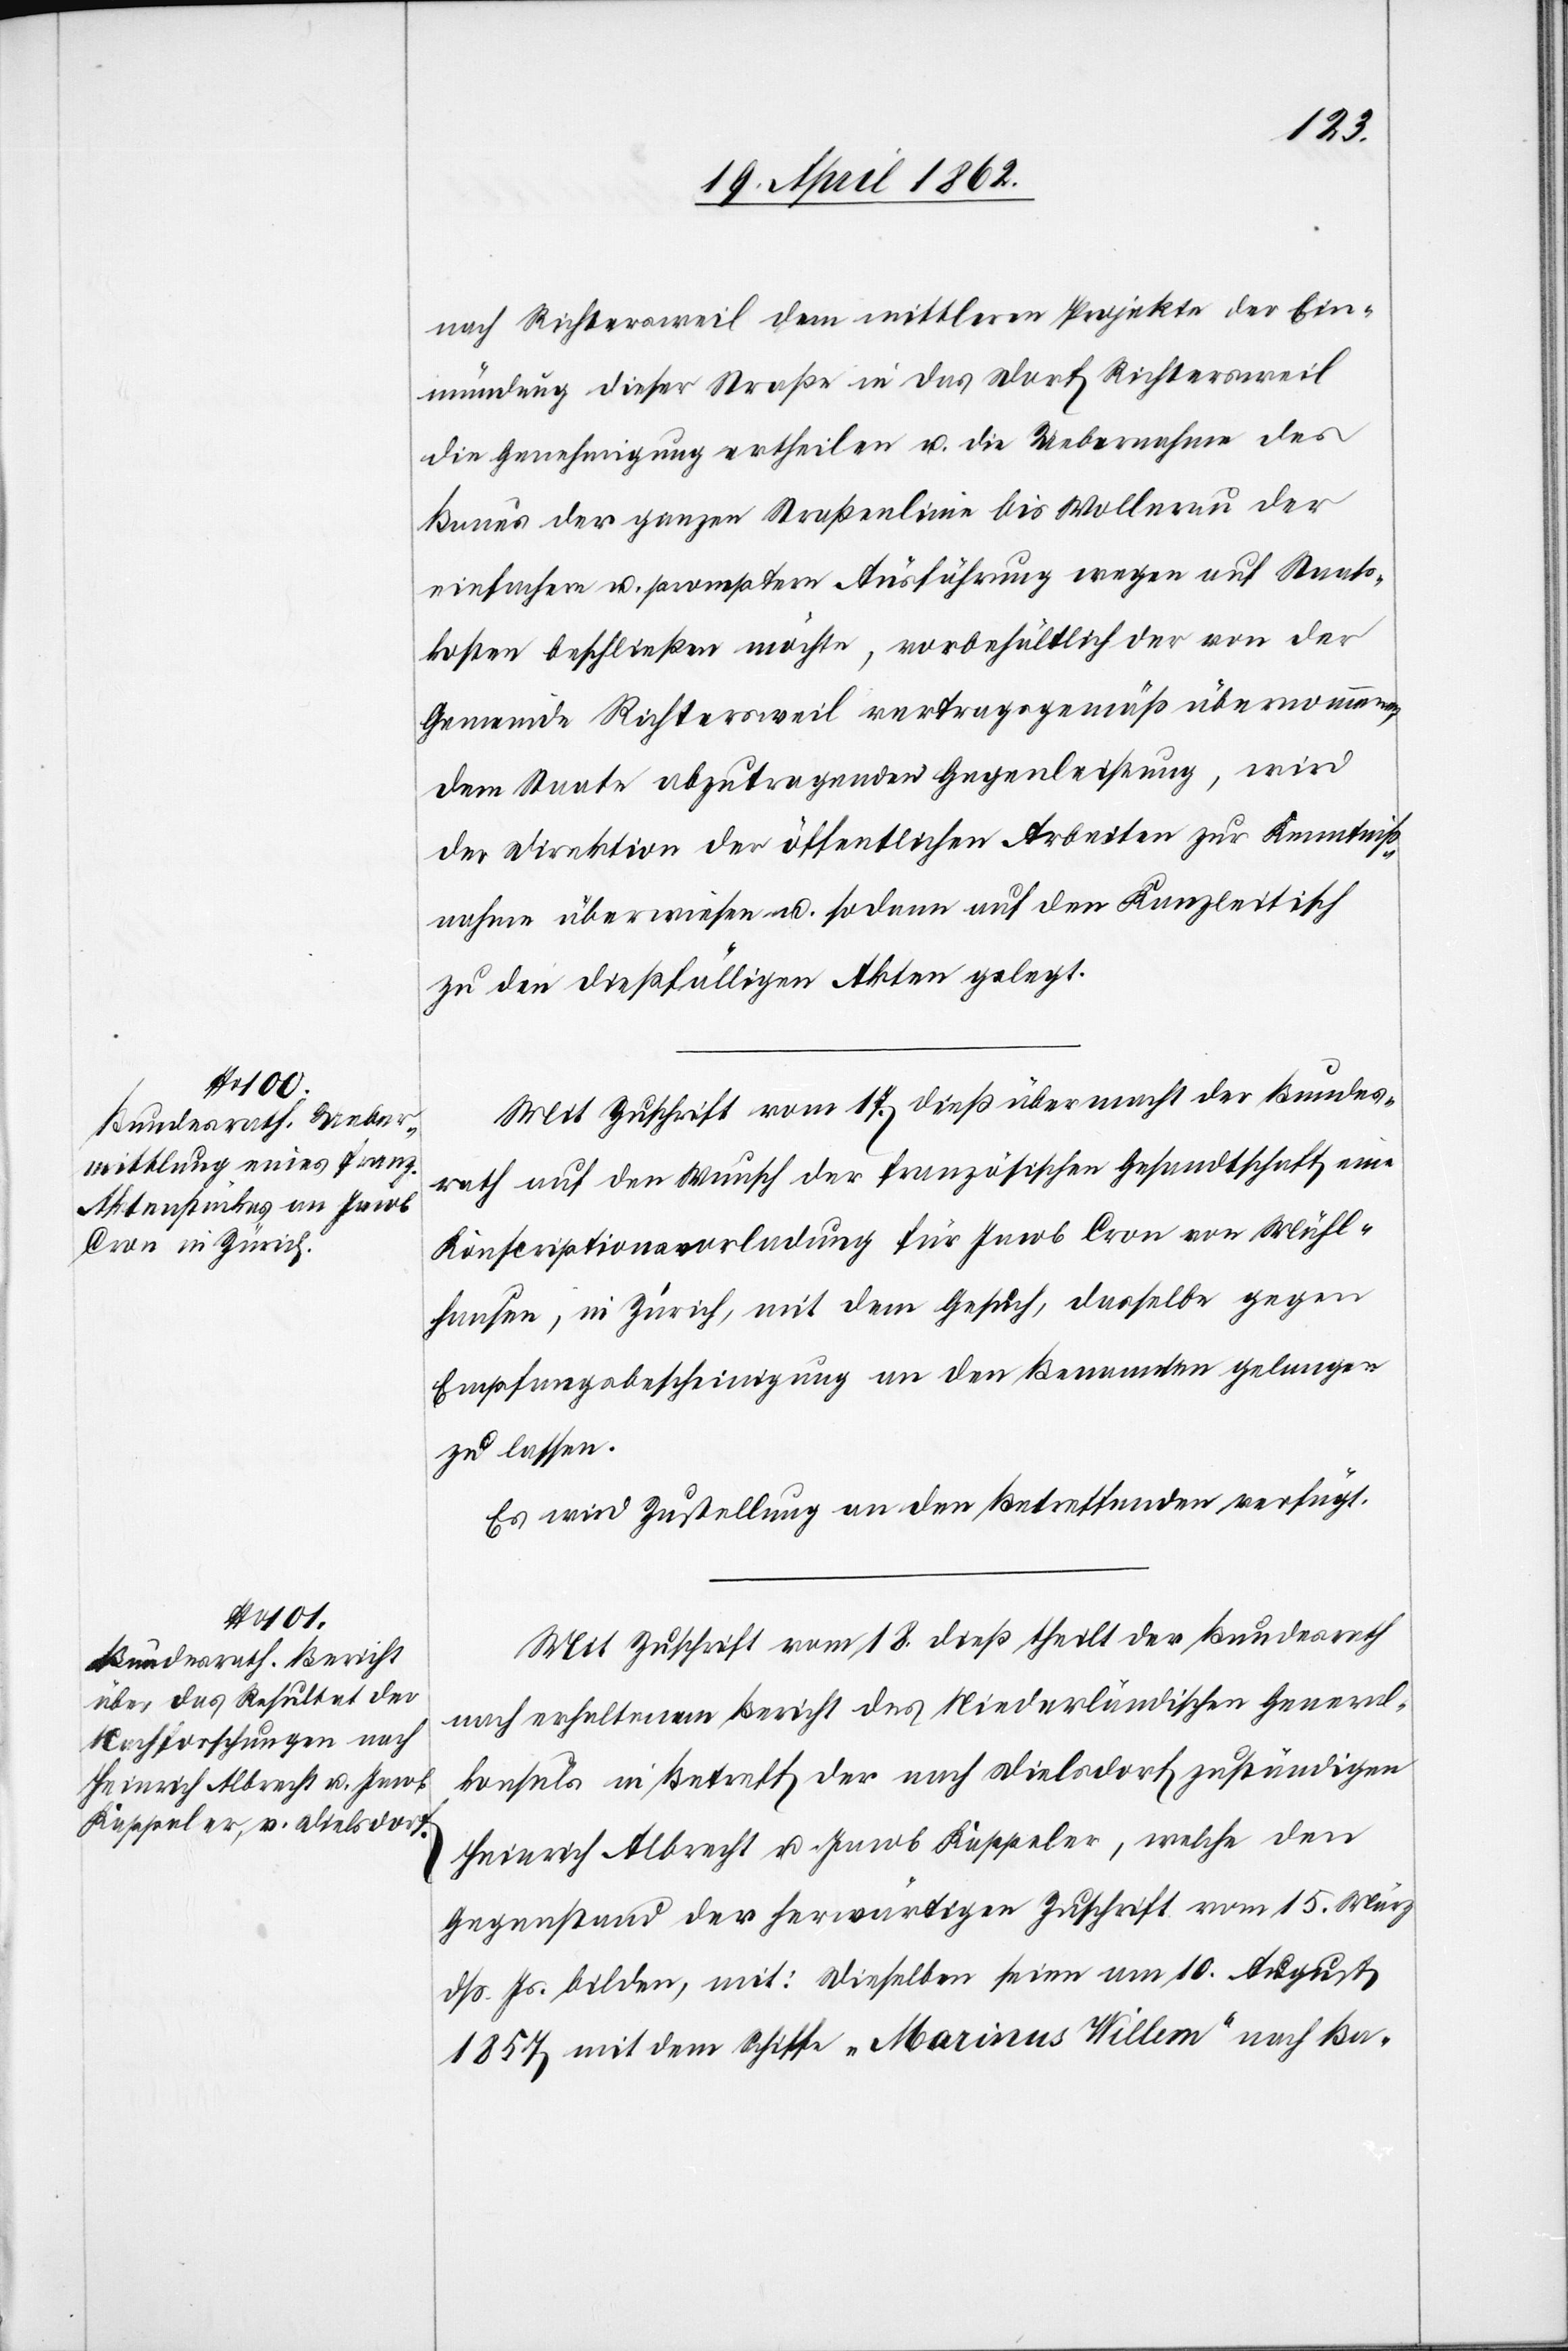
22. April 1862.]
nach Richtersweil dem mittleren Projektes der Ein¬
mündung dieser Straße in das Dorf Richtersweil
die Genehmigung ertheilen u. die Uebernahme des
Baues der ganzen Straßenlinie bis Wollerau der
einfachere u. promtern Ausführung wegen auf Staats¬
kosten beschließen möchte, vorbehältlich der von der
Gemeinde Richtersweil vertragsgemäß übernommenen,
dem Staate abzutragenden Gegenleistung, wird
der Direktion der öffentlichen Arbeiten zur Kenntniß¬
nahme überwiesen u. sodann auf dem Kanzleitisch
zu den dießfälligen Akten gelegt.
Mit Zuschrift vom 17. dieß übermacht der Bundes¬
rath auf den Wunsch der französischen Gesandtschaft eine
Konscriptionsvorladung für Jacob Cron [sic!]von Mühl¬
hausen, in Zürich, mit dem Gesuch, dasselbe gegen
Empfangsbescheinigung an den Benannten gelangen
zu lassen.
Es wird Zustellung an den Betreffenden verfügt.
Mit Zuschrift vom 18. dieß theilt der Bundesrath
nach erhaltenem Bericht des Niederländischen General¬
konsuls in Betreff der nach Dielsdorf zuständigen
Heinrich Albrecht u. Jacob Kappeler, welche den
Gegenstand der herwärtigen Zuschrift vom 15. März
dß. Js. bilden, mit: dieselben seien am 10. August
1857 mit dem Schiffe „Marinus Willem“ nach [„]Ba-